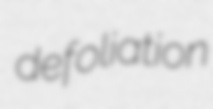
defoliation